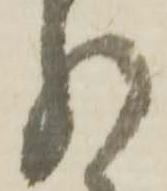
分